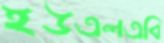
ইউএলএবি